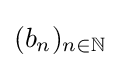
{\textstyle (b_{n})_{n\in \mathbb {N} }}